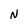
Character: N